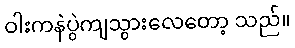
ဝါးကနဲပွဲကျသွားလေတော့ သည်။